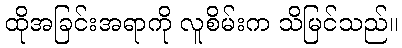
ထိုအခြင်းအရာကို လူစိမ်းက သိမြင်သည်။